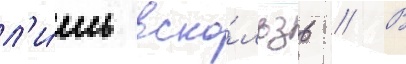
л'и́шь вско́льзь // В